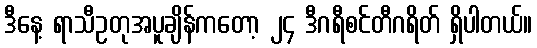
ဒီနေ့ ရာသီဥတုအပူချိန်ကတော့ ၂၄ ဒီဂရီစင်တီဂရိတ် ရှိပါတယ်။